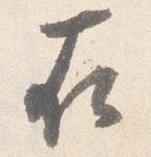
在